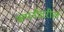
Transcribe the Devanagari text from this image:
कंपनीवरील